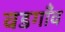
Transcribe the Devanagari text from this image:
वडगाँव